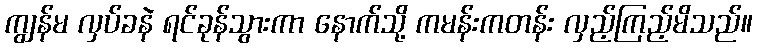
ကျွန်မ လှပ်ခနဲ ရင်ခုန်သွားကာ နောက်သို့ ကမန်းကတန်း လှည့်ကြည့်မိသည်။